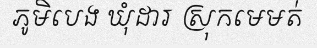
ភូមិបេង ឃុំដារ ស្រុកមេមត់